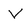
Character: v